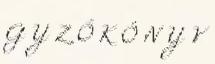
G Y Z Ő K Ö N Y V